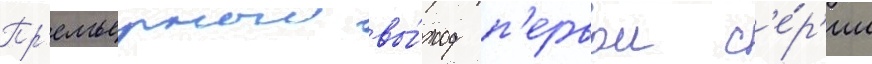
Пр'емьерныи вы́ход п'ервои с'е́р'ии